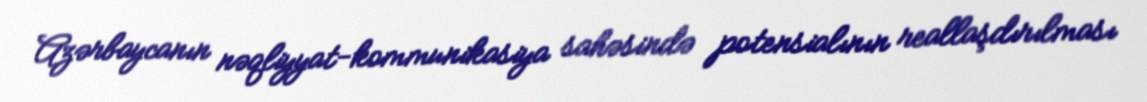
Azərbaycanın nəqliyyat-kommunikasiya sahəsində potensialının reallaşdırılması